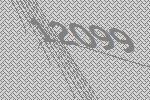
12099